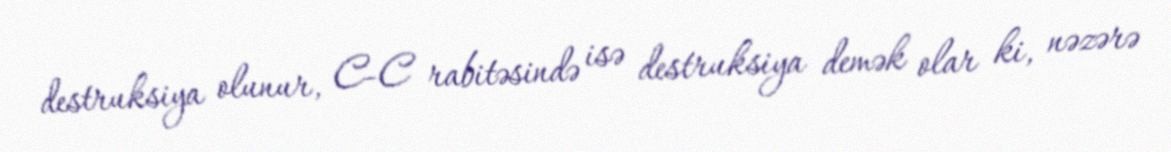
destruksiya olunur, C-C rabitəsində isə destruksiya demək olar ki, nəzərə